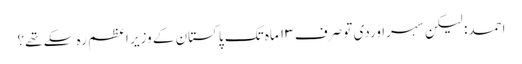
احمد: لیکن سہراوردی تو صرف ۱۳ ماہ تک پاکستان کے وزیر اعظم رہ سکے تھے؟